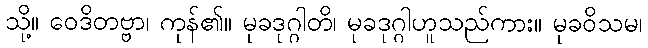
သို့။ ဝေဒိတဗ္ဗာ၊ ကုန်၏။ မုခဒုဂ္ဂါတိ၊ မုခဒုဂ္ဂါဟူသည်ကား။ မုခဝိသမ၊